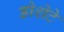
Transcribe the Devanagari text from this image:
डोशेटे